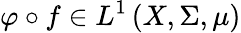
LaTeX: \varphi\circ f\in L^{1}\left(X,\Sigma,\mu\right)